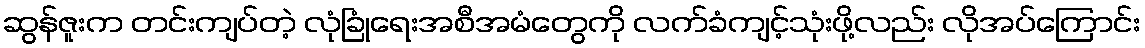
ဆွန်ဇူးက တင်းကျပ်တဲ့ လုံခြုံရေးအစီအမံတွေကို လက်ခံကျင့်သုံးဖို့လည်း လိုအပ်ကြောင်း